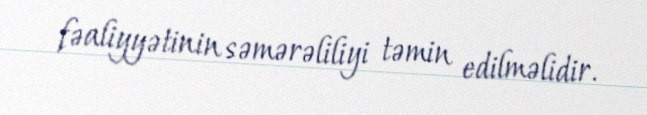
fəaliyyətinin səmərəliliyi təmin edilməlidir.